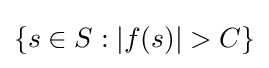
\{s\in S:|f(s)|>C\}